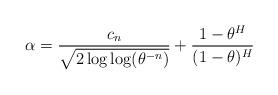
LaTeX: \begin{align*}\alpha=\frac{c_{n}}{\sqrt{2\log\log(\theta^{-n})}}+\frac{1-\theta^{H}}{(1-\theta)^{H}}\end{align*}